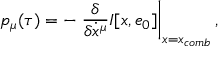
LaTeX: p _ { \mu } ( \tau ) = - \left. \frac { \delta } { \delta \dot { x } ^ { \mu } } I [ x , e _ { 0 } ] \right\vert _ { x = x _ { c o m b } } ,